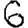
Digit: 6